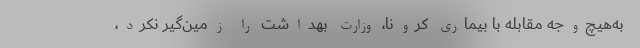
به‌هیچ‌وجه مقابله با بیماری کرونا، وزارت بهداشت را زمین‌گیر نکرد،